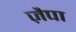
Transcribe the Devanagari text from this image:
ज़ैपा